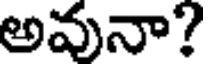
అవునా?